Vaccine operations Central Provinces & Berar 1912-1920 - 1912-1920
Year: 1912
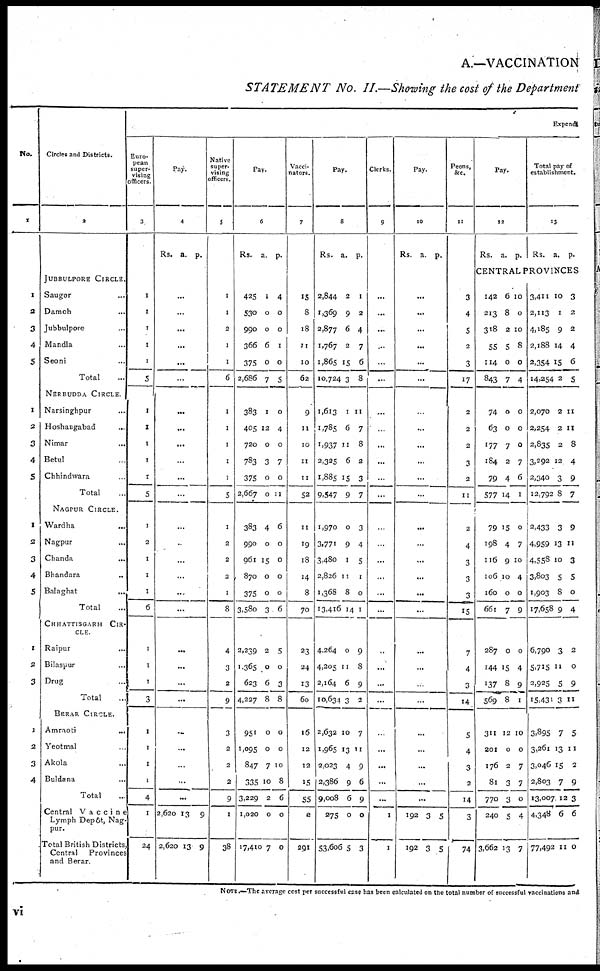
A.—VACCINATION
STATEMENT No. II.—Showing the cost of the Department
No.
1
1
2
3
4
5
1
2
3
4
5
1
2
3
4
5
1
2
3
1
2
3
4
Circles and Districts.
2
JUBBULPORE CIRCLE.
Saugor ...
Damoh ...
Jubbulpore ...
Mandla ...
Seoni ...
Total ...
NERBUDDA CIRCLE.
Narsinghpur ...
Hoshangabad ...
Nimar
...
Betul ...
Chhindwara ...
Total ...
NAGPUR CIRCLE.
Wardha
...
Nagpur ...
Chanda ...
Bhandara ...
Balaghat ...
Total ...
CHHATTISGARH CIR-
---.
Raipur ...
Bilaspur ...
Drug ...
Total ...
BERAR CIRCLE.
Amraoti
...
Yeotmal ...
Akola ...
Buldana ...
Total ...
Central Vaccine
Lymph Depôt, Nag-
pur.
Total British Districts
Central
Provinces
and Berar.
Expendi
Euro-
pean
super-
vising
officers.
3
1
1
1
1
1
5
1
1
1
1
1
5
1
2
1
1
1
6
1
1
1
3
1
1
1
1
4
1
24
Pay.
4
Rs. a.
p.
...
...
...
...
...
...
...
...
...
...
...
...
...
...
...
...
...
...
...
...
...
...
...
...
...
...
...
2,620
2,620
13
13
9
9
Native
super-
vising
officers.
5
1
1
2
1
1
6
1
1
1
1
1
5
1
2
2
2
1
8
4
3
2
9
3
2
2
2
9
1
38
Pay.
6
Rs. a. p.
425
530
990
366
375
2,686
1
0
0
6
0
7
4
0
0
1
0
5
383
405
720
783
375
2,667
383
990
961
870
375
3,580
3,239
1,365
623
4,227
951
1,095
847
335
3,229
1,020
17,410
1
12
0
3
0
0
4
0
15
0
0
3
2
0
6
8
0
0
7
10
2
0
7
0
4
0
7
0
11
6
0
0
0
0
6
5
0
3
8
0
0
10
8
6
0
0
Vacci-
nators.
7
15
8
18
11
10
62
9
11
10
11
11
52
11
19
18
14
8
70
23
24
13
60
16
12
12
15
55
2
291
Pay.
8
Rs. a. p.
2,844
1,369
2,877
1,767
1,865
10,724
1,613
1,785
1,937
2,325
1,885
9,547
1,970
3,771
3,480
2,826
1,368
13,416
4,264
4,205
2,164
10,634
2,632
1,965
2,023
2,386
9,008
275
53,606
2
9
6
2
15
3
1
6
11
6
15
9
0
9
1
11
8
14
0
11
6
3
10
13
4
9
6
0
5
1
2
4
7
6
8
11
7
8
2
3
7
3
4
5
1
0
1
9
8
9
2
7
11
9
6
9
0
3
Clerks.
9
...
...
...
...
...
...
...
...
...
...
...
...
...
...
...
...
...
...
...
...
...
...
...
...
...
...
...
1
1
Pay.
10
Rs. a. p.
...
...
...
...
...
...
...
...
...
...
...
...
...
...
...
...
...
...
...
...
...
...
...
...
...
...
...
192
192
3
3
5
5
Peons.
&c.
11
3
4
5
2
3
17
2
2
2
3
2
11
2
4
3
3
3
15
7
4
3
14
5
4
3
2
14
3
74
Pay.
12
Rs. a. p.
Total pay of
establishment.
13
Rs. a. p.
CENTRAL PROVINCES
142
213
318
55
114
843
74
63
177
184
79
577
79
198
116
106
160
661
6
8
2
5
0
7
0
0
7
2
4
14
15
4
9
10
0
7
10
0
10
8
0
4
0
0
0
7
6
1
0
7
10
4
0
9
287
144
137
569
311
201
176
81
770
240
3,662
0
15
8
8
12
0
2
3
3
5
13
0
4
9
1
10
0
7
7
0
4
7
3,411
2,113
4,185
2,188
2,354
14,254
2,070
2,254
2,835
3,292
2,340
12,792
2,433
4,959
4,558
3,803
1,903
17,658
6,790
5,715
2,925
15,431
3,895
3,261
3,046
2,803
13,007
4,348
77,492
10
1
9
14
15
2
2
2
2
12
3
8
3
13
10
5
8
9
3
11
5
3
7
13
15
7
12
6
11
3
2
2
4
6
5
11
11
8
4
9
7
9
11
3
5
0
4
2
0
9
11
5
11
2
9
3
6
0
NOTE .—The average cost per successful case has been calculated on the total number of successful vaccinations and
vi